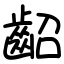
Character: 齠